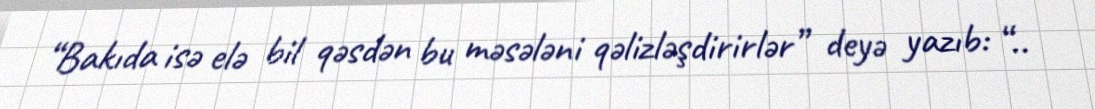
“Bakıda isə elə bil qəsdən bu məsələni qəlizləşdirirlər” deyə yazıb: “..